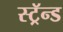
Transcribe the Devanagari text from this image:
स्ट्रॅन्ड